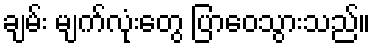
ချမ်း မျက်လုံးတွေ ပြာဝေသွားသည်။